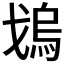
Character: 𱫳